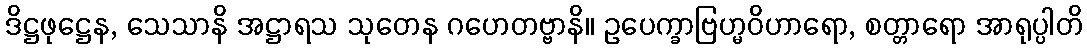
ဒိဋ္ဌဖုဋ္ဌေန, သေသာနိ အဋ္ဌာရသ သုတေန ဂဟေတဗ္ဗာနိ။ ဥပေက္ခာဗြဟ္မဝိဟာရော, စတ္တာရော အာရုပ္ပါတိ